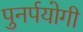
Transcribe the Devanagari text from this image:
पुनर्पयोगी